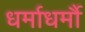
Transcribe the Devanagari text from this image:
धर्माधर्मौ